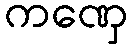
ကဏှေ